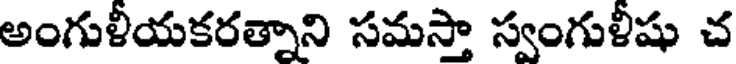
అంగుళీయకరత్నాని సమస్తా స్వంగుళీషు చ